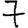
Digit: 7